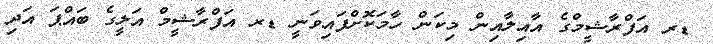
ޑރ އަފްރާޝީމްގެ އާއިލާއިން މިކަން ހާމަކޮށްފައިވަނީ ޑރ އަފްރާޝީމް އަލީގެ ބައްޕަ އަދި